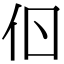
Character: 𠇂